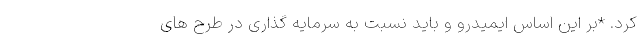
کرد. *بر این اساس ایمیدرو و باید نسبت به سرمایه گذاری در طرح های